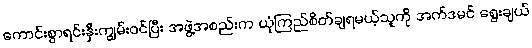
ကောင်းစွာရင်းနှီးကျွမ်းဝင်ပြီး အဖွဲ့အစည်းက ယုံကြည်စိတ်ချရမယ့်သူကို အက်ဒမင် ရွေးချယ်